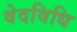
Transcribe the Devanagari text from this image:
वेदविधि